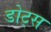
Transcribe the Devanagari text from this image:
डोट्स